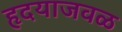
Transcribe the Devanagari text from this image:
हृदयाजवळ